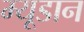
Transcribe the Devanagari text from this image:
म्यूडान